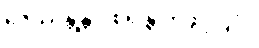
ဇေဿန္တန္တိ ဝိစရန္တံ ဟုဖွင့်ပြပုံ။